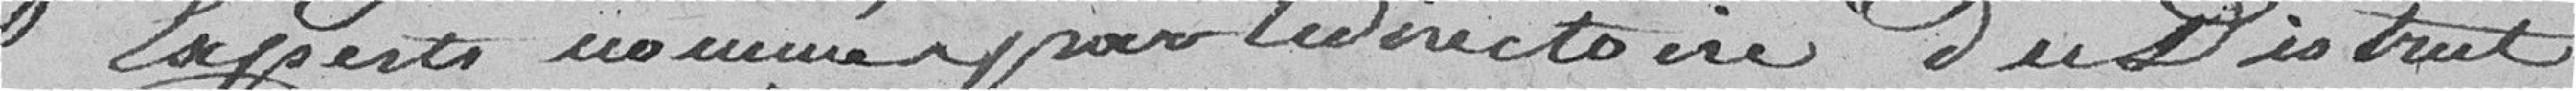
Experts nommés par le directoire du District